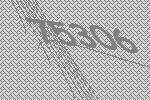
75306